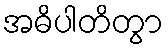
အဓိပါတိတွာ